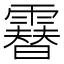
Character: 𩅮